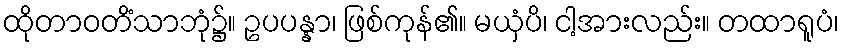
ထိုတာဝတိံသာဘုံ၌။ ဥပပန္နာ၊ ဖြစ်ကုန်၏။ မယှံပိ၊ ငါ့အားလည်း။ တထာရူပံ၊